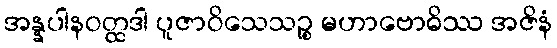
အန္နပါနဝတ္ထဒါ ပူဇာဝိသေသဉ္စ မဟာဗောဓိဿ အဇိနံ